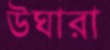
উঘারা